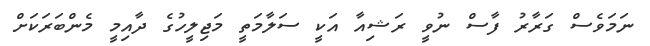
ނަމަވެސް ގަރާރު ފާސް ނުވީ ރަޝިއާ އަކީ ސަލާމަތީ މަޖިލީހުގެ ދާއިމީ މެންބަރަކަށް